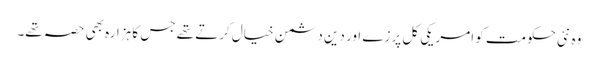
وہ نئی حکومت کو امریکی کل پرزے اور دین دشمن خیال کرتے تھے جس کا ہزارہ بھی حصہ تھے۔